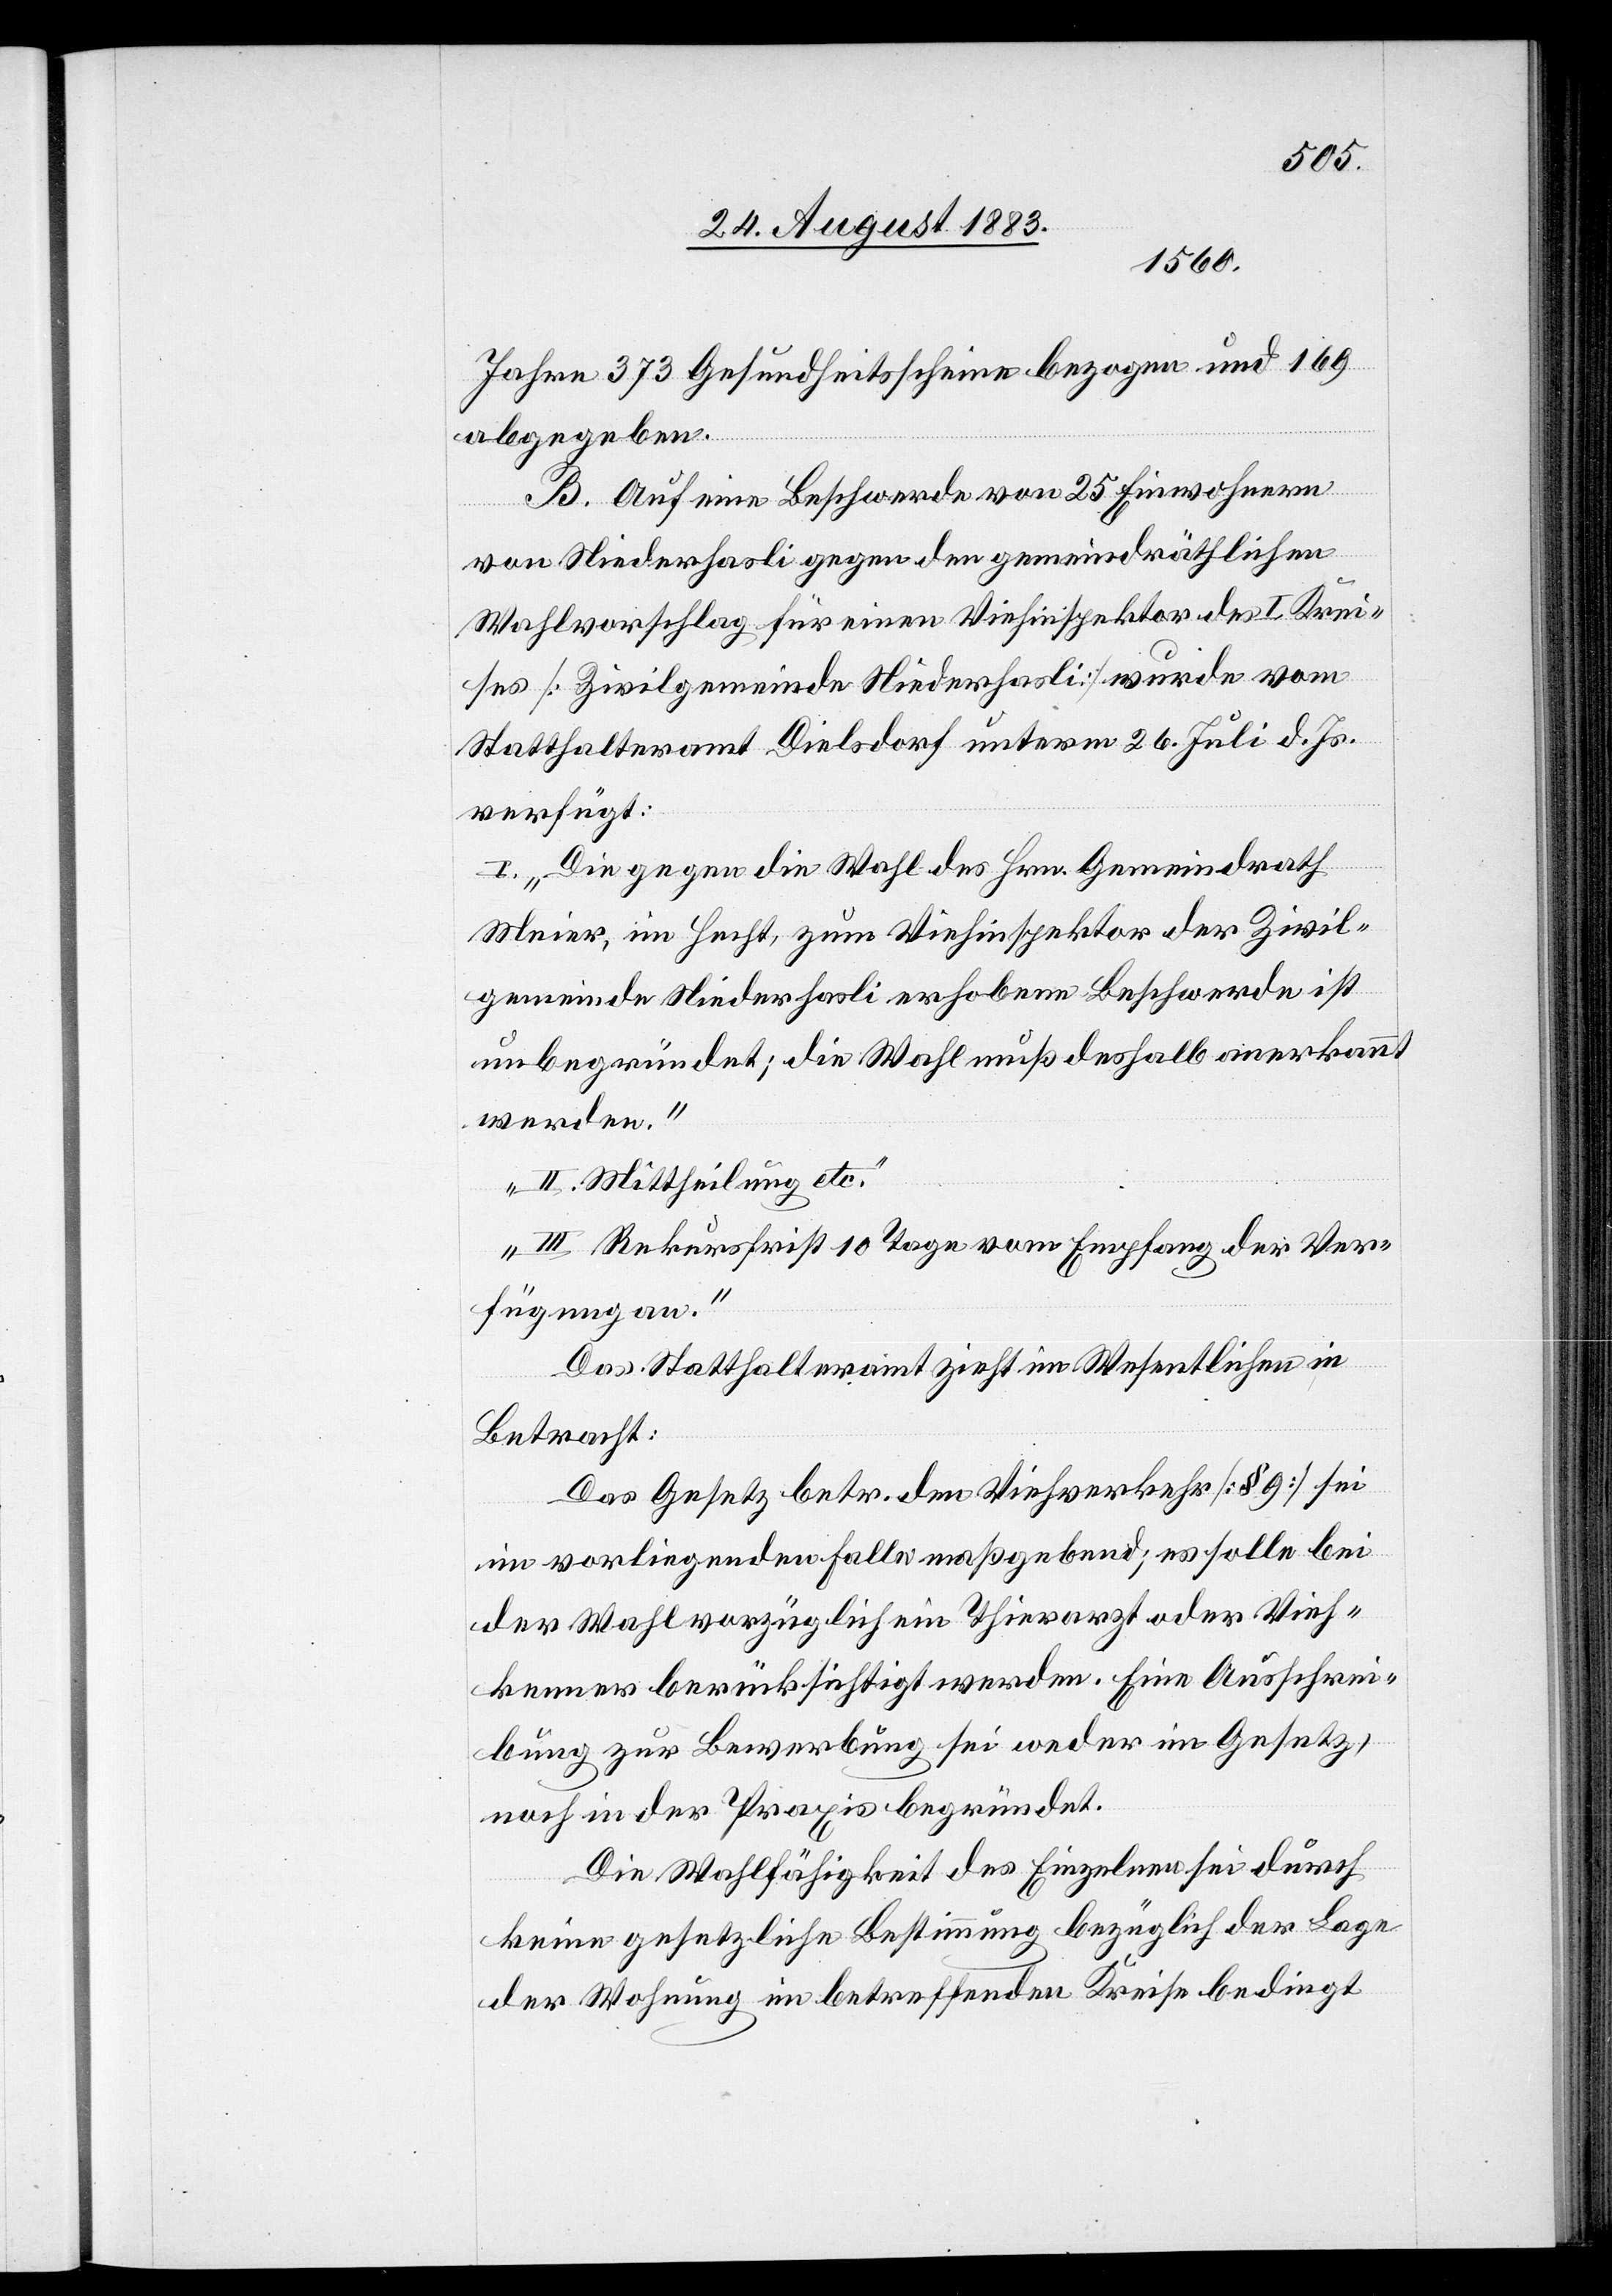
Jahre 373 Gesundheitsscheine bezogen und 169
abgegeben.
B. Auf eine Beschwerde von 25 Einwohnern
von Niederhasli gegen den gemeindräthlichen
Wahlvorschlag für einen Viehinspektor des I. Krei¬
ses [Zivilgemeinde Niederhasli] wurde vom
Statthalteramt Dielsdorf unterm 26. Juli d. Js.
verfügt:
I. „Die gegen die Wahl des Hrn. Gemeindrath
Meier, im Hecht, zum Viehinspektor der Zivil¬
gemeinde Niederhasli erhobene Beschwerde ist
unbegründet; die Wahl muß deshalb anerkannt
werden.
II. Mittheilung etc.
III. Rekursfrist 10 Tage vom Empfang der Ver¬
fügung an.“
Das Statthalteramt zieht im Wesentlichen in
Betracht:
Das Gesetz betr. den Viehverkehr [§ 9] sei
im vorliegenden Falle maßgebend; es solle bei
der Wahl vorzüglich ein Thierarzt oder Vieh¬
kenner berücksichtigt werden. Eine Ausschrei¬
bung zur Bewerbung sei weder im Gesetz,
noch in der Praxis begründet.
Die Wahlfähigkeit des Einzelnen sei durch
keine gesetzliche Bestimmung bezüglich der Lage
der Wohnung im betreffenden Kreise bedingt